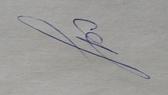
Signature authenticity: genuine